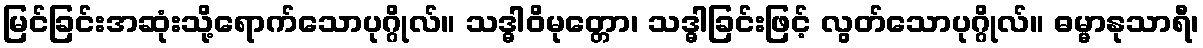
မြင်ခြင်းအဆုံးသို့ရောက်သောပုဂ္ဂိုလ်။ သဒ္ဓါဝိမုတ္တော၊ သဒ္ဓါခြင်းဖြင့် လွတ်သောပုဂ္ဂိုလ်။ ဓမ္မာနုသာရီ၊